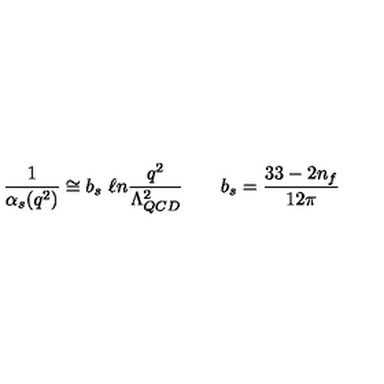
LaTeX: \frac { 1 } { \alpha _ { s } ( q ^ { 2 } ) } \cong b _ { s } \ \ell n \frac { q ^ { 2 } } { \Lambda _ { Q C D } ^ { 2 } } \qquad b _ { s } = \frac { 3 3 - 2 n _ { f } } { 1 2 \pi }